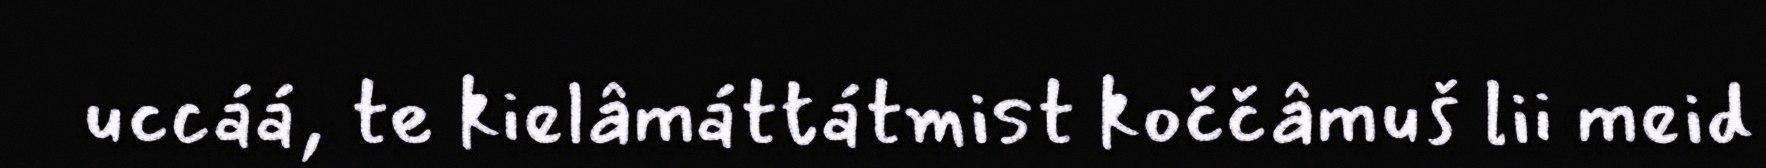
uccáá, te kielâmáttátmist koččâmuš lii meid